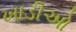
ખાડીઓ